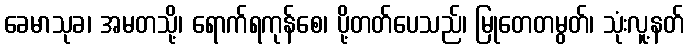
ခေမာသုခ၊ အမတသို့၊ ရောက်ရကုန်စေ၊ ပို့တတ်ပေသည်၊ မြုတေတမွတ်၊ သုံးလူ့နတ်